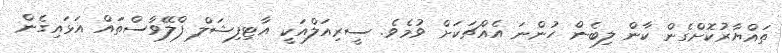
ތައްޔާރުކޮށްގެން ކާން ލިބެން ހުންނަ އެއްޗަކަށް ވުމެވެ. ސީރިއަލްއަކީ އާޓިފިޝަލް ފްލޭވާސްތައް އަޅައިގެން